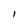
Character: I